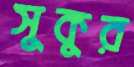
সুকুর